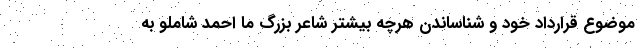
موضوع قرارداد خود و شناساندن هرچه بیشتر شاعر بزرگ ما احمد شاملو به